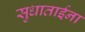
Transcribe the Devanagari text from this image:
सुधाताईना